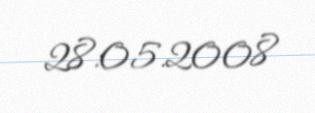
28.05.2008